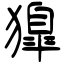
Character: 獋